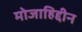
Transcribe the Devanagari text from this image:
मोजाहिद्दीन